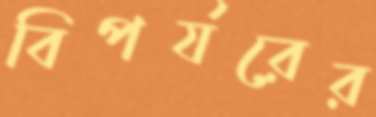
বিপর্যরের